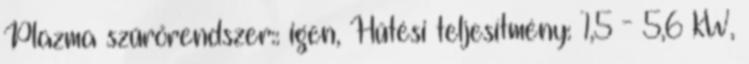
Plazma szűrőrendszer:: igen, Hűtési teljesítmény: 1,5 - 5,6 kW,